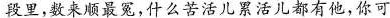
段里,数来顺最冤,什么苦活儿累活儿都有他,你可